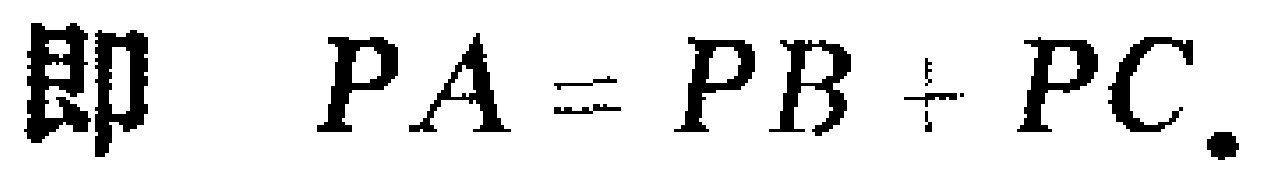
即 \(PA = PB + PC\).